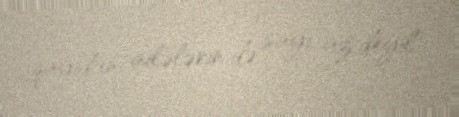
qayıdan ailələrin də sayı az deyil.